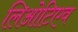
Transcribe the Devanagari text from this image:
लिओटिएव